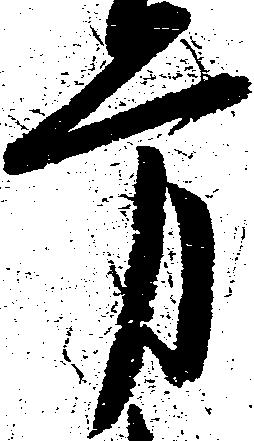
労